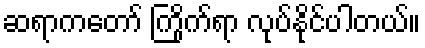
ဆရာကတော် ကြိုက်ရာ လုပ်နိုင်ပါတယ်။